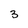
Character: 3